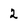
Character: 2